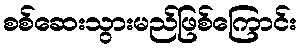
စစ်ဆေးသွားမည်ဖြစ်ကြောင်း